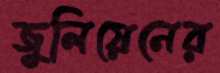
জুলিয়েনের